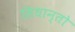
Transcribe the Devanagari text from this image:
सिधान्तो